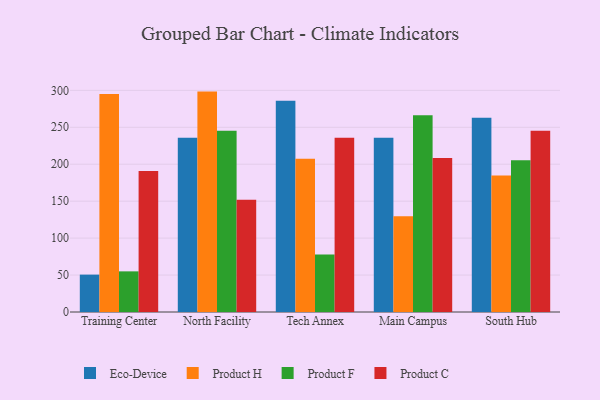
{"axis": {"x": "Campus", "y": "Market Share (%)"}, "legend": ["Eco-Device", "Product C", "Product F", "Product H"], "data": [{"x": "Training Center", "y": 50.6, "type": "Eco-Device"}, {"x": "Training Center", "y": 295.1, "type": "Product H"}, {"x": "Training Center", "y": 55.0, "type": "Product F"}, {"x": "Training Center", "y": 190.9, "type": "Product C"}, {"x": "North Facility", "y": 235.8, "type": "Eco-Device"}, {"x": "North Facility", "y": 298.3, "type": "Product H"}, {"x": "North Facility", "y": 245.3, "type": "Product F"}, {"x": "North Facility", "y": 152.0, "type": "Product C"}, {"x": "Tech Annex", "y": 286.0, "type": "Eco-Device"}, {"x": "Tech Annex", "y": 207.4, "type": "Product H"}, {"x": "Tech Annex", "y": 77.8, "type": "Product F"}, {"x": "Tech Annex", "y": 235.7, "type": "Product C"}, {"x": "Main Campus", "y": 235.7, "type": "Eco-Device"}, {"x": "Main Campus", "y": 129.7, "type": "Product H"}, {"x": "Main Campus", "y": 266.4, "type": "Product F"}, {"x": "Main Campus", "y": 208.5, "type": "Product C"}, {"x": "South Hub", "y": 262.8, "type": "Eco-Device"}, {"x": "South Hub", "y": 184.7, "type": "Product H"}, {"x": "South Hub", "y": 205.5, "type": "Product F"}, {"x": "South Hub", "y": 245.3, "type": "Product C"}]}